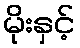
မိုးနှင့်